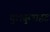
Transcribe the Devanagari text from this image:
चुलबुलाहट